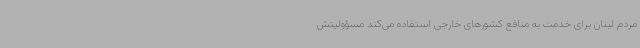
مردم لبنان برای خدمت به منافع کشورهای خارجی استفاده می‌کند مسؤولیتش